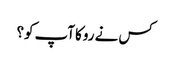
کس نے روکا آپ کو؟